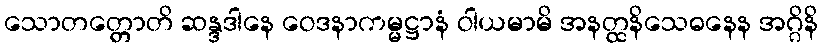
သောတတ္တောတိ ဆန္ဒဒါနေ ဝေဒနာကမ္မဋ္ဌာနံ ဝါယမာမိ အနတ္ထနိသေဓနေန အဂ္ဂိနိ